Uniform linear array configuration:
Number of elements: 16
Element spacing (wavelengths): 0.25
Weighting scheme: hamming
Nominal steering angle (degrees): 45
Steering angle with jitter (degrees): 43.588
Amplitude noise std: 0.05
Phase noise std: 0.05

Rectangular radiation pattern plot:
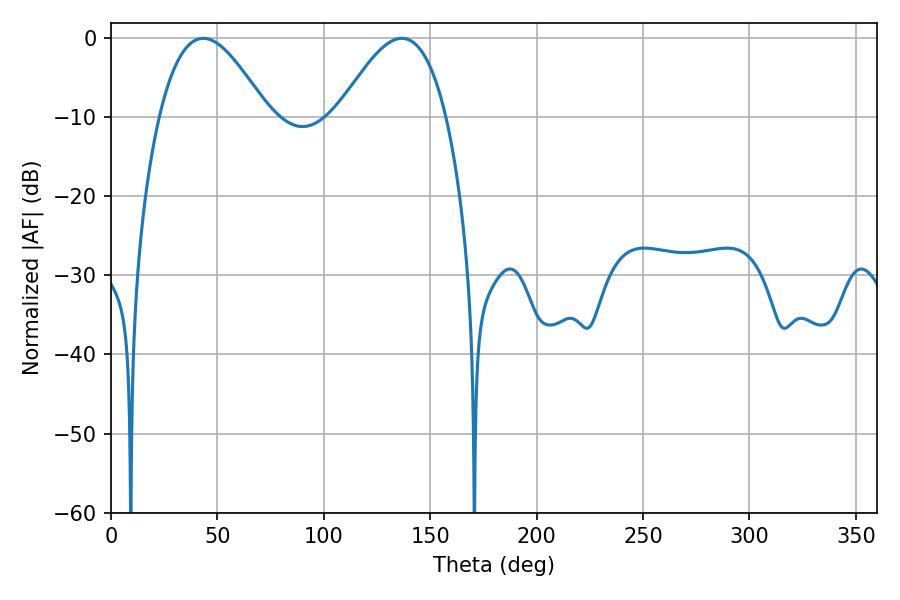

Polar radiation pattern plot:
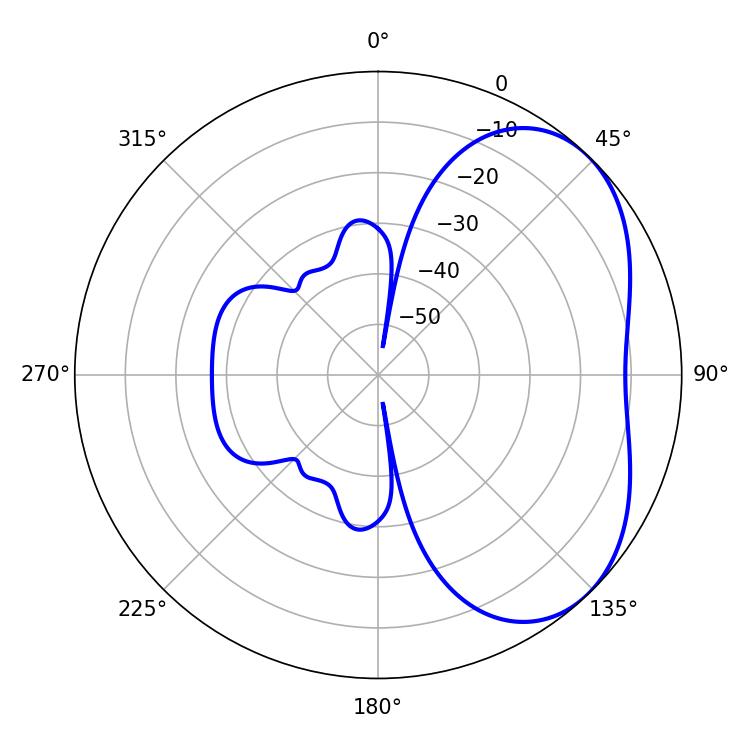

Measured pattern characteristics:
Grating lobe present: FALSE
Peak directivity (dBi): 4.126
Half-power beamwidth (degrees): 27.54
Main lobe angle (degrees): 43.38